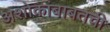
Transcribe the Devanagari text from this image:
अशोकांबाबतची